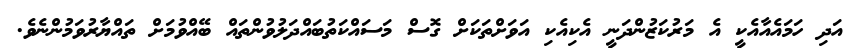
އަދި ހަމައެއާއެކީ އެ މަރުކަޒުންދަނީ އެކިއެކި އަވަށްތަކަށް ގޮސް މަސައްކަތުބައްދަލުވުންތައް ބޭއްވުމަށް ތައްޔާރުވަމުންނެވެ.